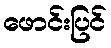
ဖောင်းပြင်